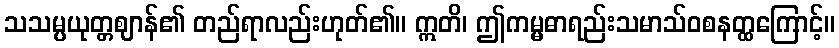
သသမ္ပယုတ္တဈာန်၏ တည်ရာလည်းဟုတ်၏။ ဣတိ၊ ဤကမ္မဓာရည်းသမာသ်ဝစနတ္ထကြောင့်။